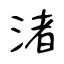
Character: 渚